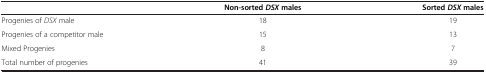
|  | Non-sortedDSXmales | SortedDSXmales |
 | --- | --- | --- |
 | Progenies of DSX male | 18 | 19 |
 | Progenies of a competitor male | 15 | 13 |
 | Mixed Progenies | 8 | 7 |
 | Total number of progenies | 41 | 39 |